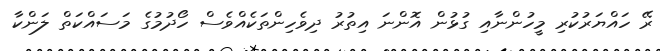
ރޭ ހައްޔަރުކުރި މީހުންނާއި ގުޅުން އޮންނަ އިތުރު ދިވެހިންތަކެއްވެސް ހޯދުމުގެ މަސައްކަތް ލަންކާ